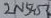
Text: 2N5457